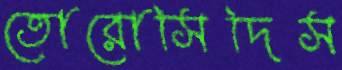
তোরোসিদিস